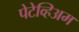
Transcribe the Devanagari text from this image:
पेटेव्हिअम